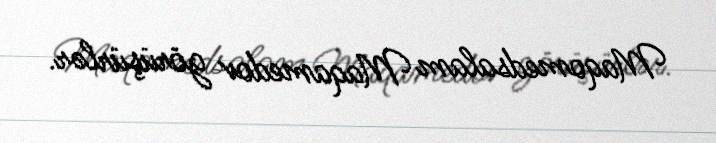
Maqomedsalam Maqamedov görüşürlər.